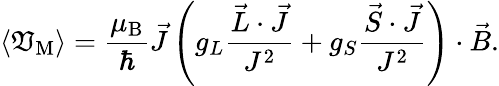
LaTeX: \langle\mathfrak{V}_{\mathrm{{{M}}}}\rangle={\frac{{\mu_{\mathrm{{{B}}}}}}{{\hbar}}}{\vec{{J}}}\left(g_{L}{\frac{{{\vec{{L}}}\cdot{\vec{{J}}}}}{{J^{2}}}}+g_{S}{\frac{{{\vec{{S}}}\cdot{\vec{{J}}}}}{{J^{2}}}}\right)\cdot{\vec{{B}}}.